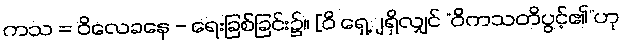
ကသ = ဝိလေခနေ - ရေးခြစ်ခြင်း၌။ [ဝိ ရှေ့ျရှိလျှင် “ဝိကသတိပွင့်၏”ဟု